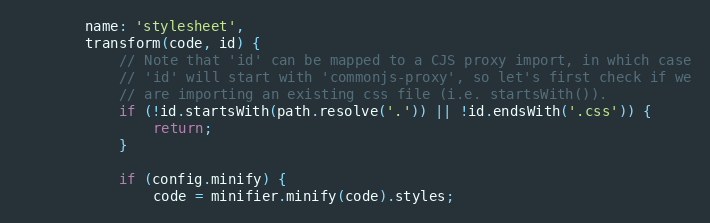
Language: JavaScript
		name: 'stylesheet',
		transform(code, id) {
			// Note that 'id' can be mapped to a CJS proxy import, in which case
			// 'id' will start with 'commonjs-proxy', so let's first check if we
			// are importing an existing css file (i.e. startsWith()).
			if (!id.startsWith(path.resolve('.')) || !id.endsWith('.css')) {
				return;
			}

			if (config.minify) {
				code = minifier.minify(code).styles;